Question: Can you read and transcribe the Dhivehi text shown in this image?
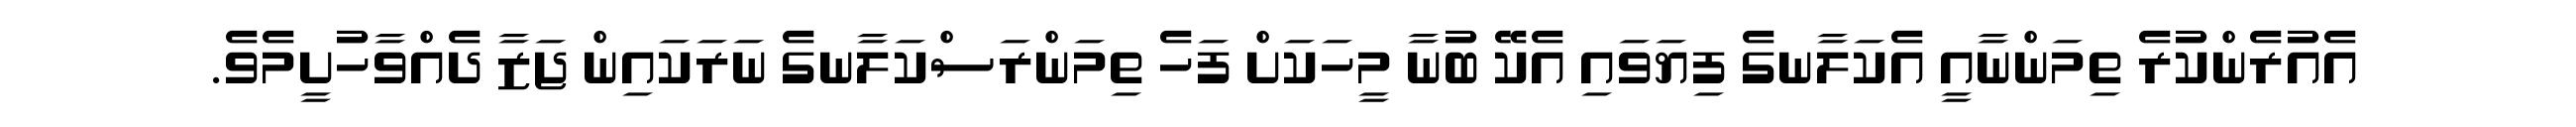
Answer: އެއުރެންކުރެ ތިމަންނާއީ އެކަލާނގެ ފިޔަވައި އެކޭ ބުނާ މީހަކަށް ފަހެ ތިމަންރަސްކަލާނގެ ނަރަކައިން ޖަޒާ ދެއްވާހުށީމެވެ.